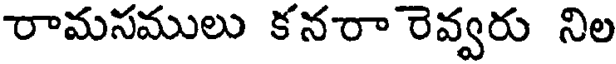
రామసములు కనరా రెవ్వరు నిల